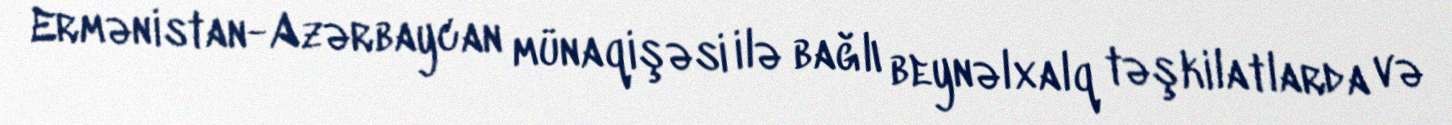
Ermənistan-Azərbaycan münaqişəsi ilə bağlı beynəlxalq təşkilatlarda və